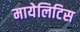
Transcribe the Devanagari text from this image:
मायेलिटिस